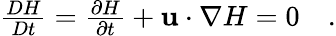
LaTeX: \begin{array}{r}{\frac{DH}{Dt}=\frac{\partial H}{\partial t}+\mathbf{u}\cdot\nabla H=0\quad.}\end{array}